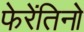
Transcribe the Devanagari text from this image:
फेरेंतिनो